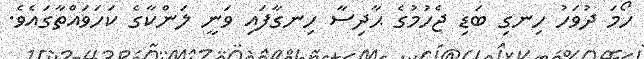
ހޯމަ ދުވަހު ހިނގި ބަޑި ޖެހުމުގެ ޙާދިސާ ހިނގާފައި ވަނީ ލަންކާގެ ކަހަވައްތާގައެވެ.